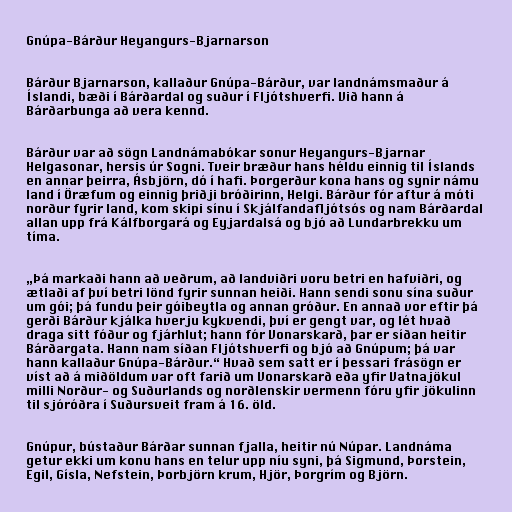
Gnúpa-Bárður Heyangurs-Bjarnarson

Bárður Bjarnarson, kallaður Gnúpa-Bárður, var landnámsmaður á
Íslandi, bæði í Bárðardal og suður í Fljótshverfi. Við hann á
Bárðarbunga að vera kennd.

Bárður var að sögn Landnámabókar sonur Heyangurs-Bjarnar
Helgasonar, hersis úr Sogni. Tveir bræður hans héldu einnig til Íslands
en annar þeirra, Ásbjörn, dó í hafi. Þorgerður kona hans og synir námu
land í Öræfum og einnig þriðji bróðirinn, Helgi. Bárður fór aftur á móti
norður fyrir land, kom skipi sínu í Skjálfandafljótsós og nam Bárðardal
allan upp frá Kálfborgará og Eyjardalsá og bjó að Lundarbrekku um
tíma.

„Þá markaði hann að veðrum, að landviðri voru betri en hafviðri, og
ætlaði af því betri lönd fyrir sunnan heiði. Hann sendi sonu sína suður
um gói; þá fundu þeir góibeytla og annan gróður. En annað vor eftir þá
gerði Bárður kjálka hverju kykvendi, því er gengt var, og lét hvað
draga sitt fóður og fjárhlut; hann fór Vonarskarð, þar er síðan heitir
Bárðargata. Hann nam síðan Fljótshverfi og bjó að Gnúpum; þá var
hann kallaður Gnúpa-Bárður.“ Hvað sem satt er í þessari frásögn er
víst að á miðöldum var oft farið um Vonarskarð eða yfir Vatnajökul
milli Norður- og Suðurlands og norðlenskir vermenn fóru yfir jökulinn
til sjóróðra í Suðursveit fram á 16. öld.

Gnúpur, bústaður Bárðar sunnan fjalla, heitir nú Núpar. Landnáma
getur ekki um konu hans en telur upp níu syni, þá Sigmund, Þorstein,
Egil, Gísla, Nefstein, Þorbjörn krum, Hjör, Þorgrím og Björn.